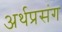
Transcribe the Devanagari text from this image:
अर्थप्रसंग